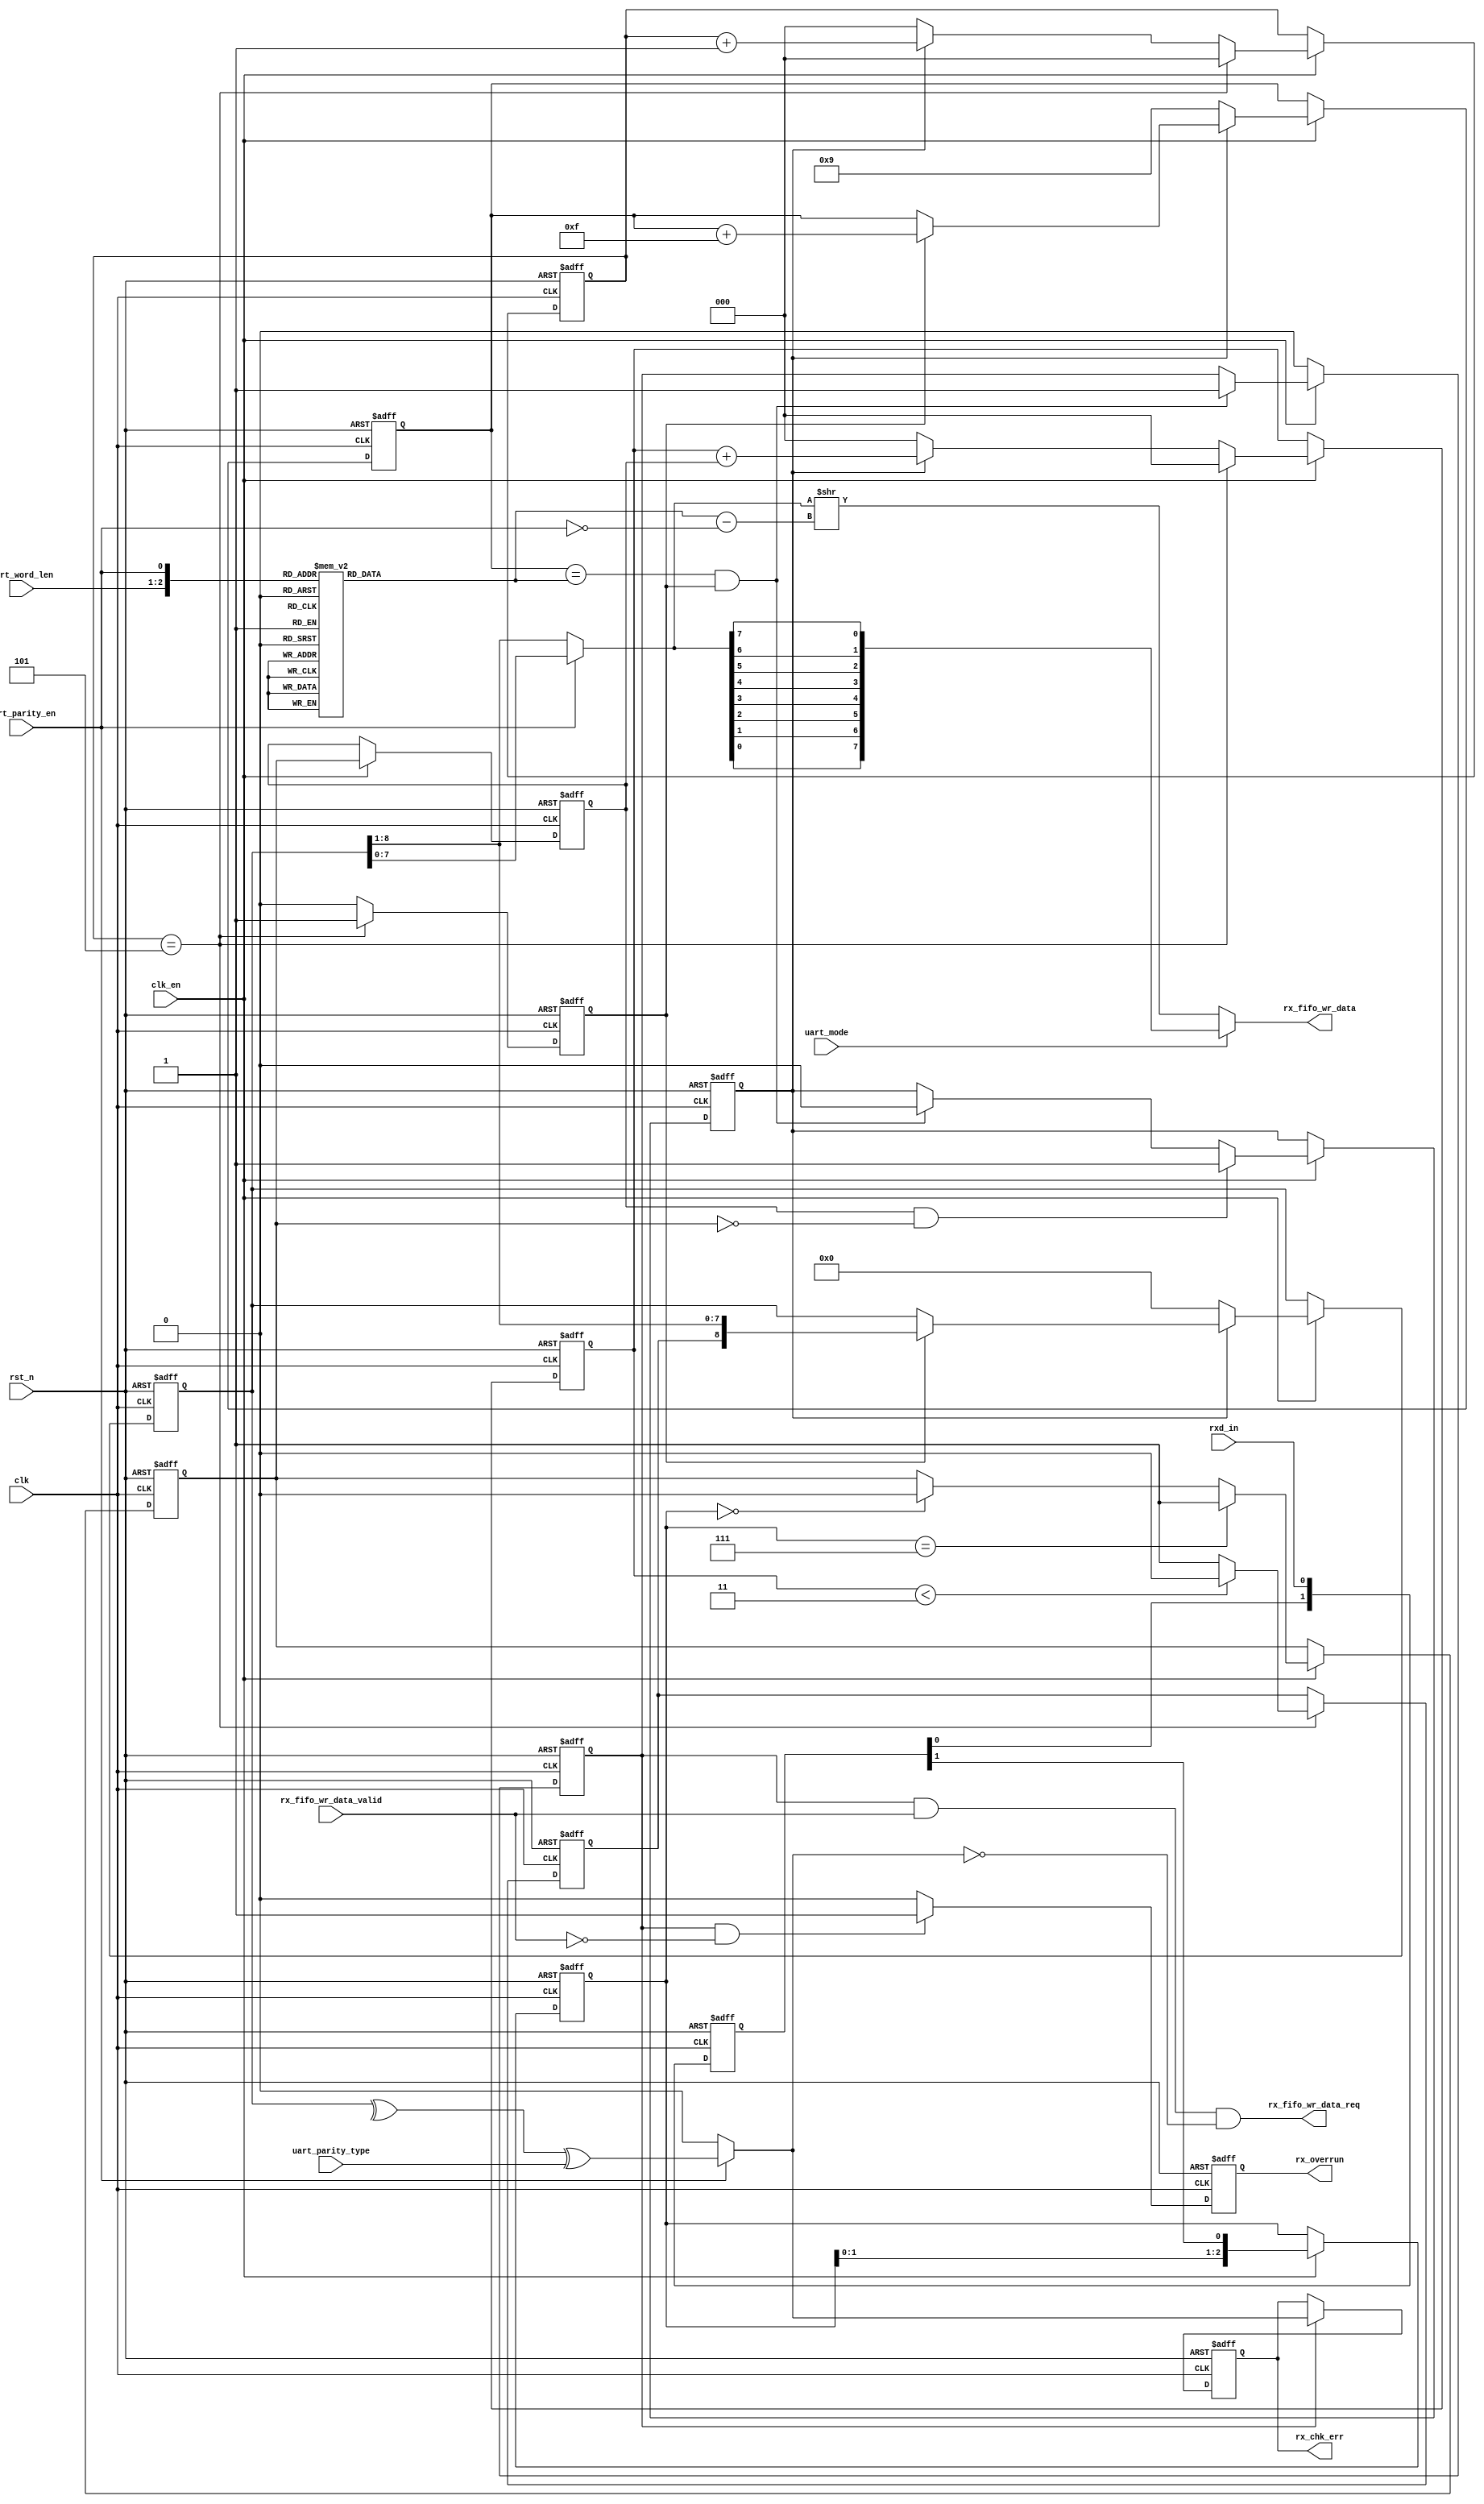
// This program was cloned from: https://github.com/flytt-away/FPGA-Video-Capture
// License: MIT License

//******************************************************************
// Copyright (c) 2014 PANGO MICROSYSTEMS, INC
// ALL RIGHTS REVERVED.
//******************************************************************
`timescale 1ns/1ns
module pgr_uart_rx_32bit(
    input               clk,
    input               rst_n,
    input               clk_en,

    output  wire[7:0]   rx_fifo_wr_data,
    input               rx_fifo_wr_data_valid,
    output  wire        rx_fifo_wr_data_req,

    input       [1:0]   uart_word_len,
    input               uart_parity_en,
    input               uart_parity_type,
    input               uart_mode, //0:LSBF 1:MSBF

    output  reg         rx_chk_err,
    output  reg         rx_overrun,

    input               rxd_in
);

reg     [1:0]   rxd_d;
reg     [2:0]   rxd_tmp;
reg             rxd_r1;
reg             rxd_r2;
reg             rxd;
wire            rxd_neg;
reg     [3:0]   rx_cnt;
reg     [2:0]   cnt;
reg     [8:0]   rx_data;
reg     [3:0]   rx_len_left;
wire    [7:0]   rx_word_temp;
wire    [7:0]   rx_word_revise;
wire            rx_over;
wire            rx_chk;
wire            rx_err;
reg             rx_req;
reg     [2:0]   cnt_judge;
wire            cnt_down;
reg in_cyc;

always @(posedge clk or negedge rst_n)
begin
    if(~rst_n)
        cnt_judge <= 3'b0;
    else if(clk_en)
    begin
        if(cnt_down)
            cnt_judge <= 3'b0;
        else
        begin
            if(in_cyc)
            cnt_judge <= cnt_judge + rxd_r2;
        else
            cnt_judge <= 3'b0;
        end
    end
end

always @(posedge clk or negedge rst_n)
begin
    if(~rst_n)
        rxd_d <= 2'b11;
    else
        rxd_d <= {rxd_d[0],rxd_in};
end

always @(posedge clk or negedge rst_n)
begin
    if(~rst_n)
        rxd_tmp <= 3'b111;
    else if(clk_en)
        rxd_tmp <= {rxd_tmp[1:0],rxd_d[1]};
end

always @(posedge clk or negedge rst_n)
begin
    if(~rst_n)
        rxd_r1 <= 1'b1;
    else if(clk_en)
    begin
        if(rxd_tmp == 3'b111)
            rxd_r1 <= 1'b1;
        else if(rxd_tmp == 3'b000)
            rxd_r1 <= 1'b0;
    end
end

always @(posedge clk or negedge rst_n)
begin
    if(~rst_n)
        rxd_r2 <= 1'b1;
    else if(clk_en)
        rxd_r2 <= rxd_r1;
end

//assign rxd = rxd_r2;

always@(posedge clk or negedge rst_n)
begin
    if(~rst_n)
        rxd <= 1'b0;
    else if(cnt_down)
    begin
        if(cnt_judge < 3'd3)
            rxd <= 1'b0;
        else
            rxd <= 1'b1;
    end
end

assign rxd_neg = rxd_r2 & (~rxd_r1);

reg rx_sample;

always @(posedge clk or negedge rst_n)
begin
    if(~rst_n)
        in_cyc <= 1'b0;
    else if(clk_en)
    begin
        if(rxd_neg)
            in_cyc <= 1'b1;
        else if(rx_over && rx_sample)
            in_cyc <= 1'b0;
    end
end

assign rx_over = rx_cnt == rx_len_left;

assign cnt_down = cnt == 3'd5;
//assign rx_sample = cnt == 3'd2;

always @(posedge clk or negedge rst_n)
begin
    if(~rst_n)
        cnt <= 3'b0;
    else if(clk_en)
    begin
        if(cnt_down)
            cnt <= 3'b0;
        else if(~in_cyc)
            cnt <= 3'b0;
        else
            cnt <= cnt + 3'b1;
    end
end

always@(posedge clk or negedge rst_n)
begin
    if(~rst_n)
        rx_sample <= 1'b0;
    else
    begin
        if(cnt_down)
            rx_sample <= 1'b1;
        else
            rx_sample <=1'b0;
    end
end

always @(posedge clk or negedge rst_n)
begin
    if(~rst_n)
    begin
        rx_data <= 9'b0;
        rx_cnt <= 4'd9;
    end
    else if(clk_en)
    begin
        if(~in_cyc)
        begin
            rx_data <= 9'b0;
            rx_cnt <= 4'd9;
        end
        else if(rx_sample)
        begin
            rx_data <= {rxd,rx_data[8:1]};
            rx_cnt <= rx_cnt + 4'hf; // rx_cnt = rx_cnt - 1;
        end
    end
end

always @(*)
begin
    case({uart_word_len,uart_parity_en})
        3'b000 : rx_len_left = 3'd4;
        3'b001 : rx_len_left = 3'd3;
        3'b010 : rx_len_left = 3'd3;
        3'b011 : rx_len_left = 3'd2;
        3'b100 : rx_len_left = 3'd2;
        3'b101 : rx_len_left = 3'd1;
        3'b110 : rx_len_left = 3'd1;
        3'b111 : rx_len_left = 3'd0;
    endcase
end

assign rx_word_temp = uart_parity_en ? rx_data[7:0] : rx_data[8:1];

genvar i;
generate
for(i = 0; i <= 7; i = i + 1)
begin:REV_TX
    assign rx_word_revise[i] = rx_word_temp[7 - i];
end
endgenerate     //MSBF 2 LSBF

always @(posedge clk or negedge rst_n)
begin
    if(~rst_n)
        rx_req <= 1'b0;
    else if(clk_en)
    begin
        if(rx_sample && rx_over)
            rx_req <= 1'b1;
    end
    else
        rx_req <= 1'b0;
end

assign rx_fifo_wr_data_req = rx_req && rx_fifo_wr_data_valid && (~rx_err);

assign rx_fifo_wr_data = uart_mode ? rx_word_revise : (rx_word_temp >> (rx_len_left - {2'b00,(~uart_parity_en)}));

always @(posedge clk or negedge rst_n)
begin
    if(~rst_n)
        rx_overrun <= 1'b0;
    else if(rx_req && (~rx_fifo_wr_data_valid))
        rx_overrun <= 1'b1;
    else
        rx_overrun <= 1'b0;
end

always @(posedge clk or negedge rst_n)
begin
    if(~rst_n)
        rx_chk_err <= 1'b0;
    else if(rx_req)
        rx_chk_err <= rx_err;
end

assign rx_err = uart_parity_en ? (rx_chk ^ uart_parity_type) : 1'b0;
assign rx_chk = ^rx_data;

endmodule //pgr_uart_rx